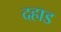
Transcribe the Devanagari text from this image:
दहाड